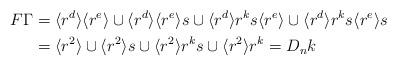
LaTeX: \begin{align*}F\Gamma & = \langle r^d\rangle \langle r^e\rangle \cup \langle r^d\rangle \langle r^e\rangle s \cup \langle r^d\rangle r^ks \langle r^e\rangle\cup \langle r^d\rangle r^ks \langle r^e\rangle s \\&= \langle r^2\rangle \cup \langle r^2\rangle s \cup \langle r^2\rangle r^ks \cup \langle r^2\rangle r^{k} = D_n k \end{align*}